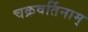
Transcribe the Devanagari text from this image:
चक्रवर्तिनाम्